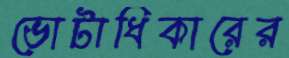
ভোটাধিকারের